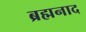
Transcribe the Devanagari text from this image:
ब्रह्मनाद